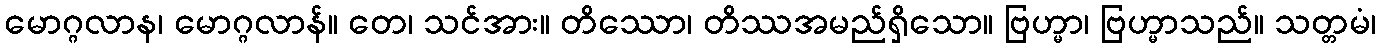
မောဂ္ဂလာန၊ မောဂ္ဂလာန်။ တေ၊ သင်အား။ တိဿော၊ တိဿအမည်ရှိသော။ ဗြဟ္မာ၊ ဗြဟ္မာသည်။ သတ္တမံ၊